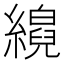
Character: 𦆘